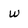
Character: W